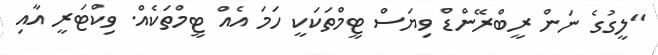
"ލީގުގެ ނަން ރީބްރޭންޑް ވިޔަސް ޓީމްތަކަކީ ހަމަ އެއް ޓީމްތަކެއް. ވިކްޓަރީ އާއި